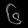
Digit: ၆